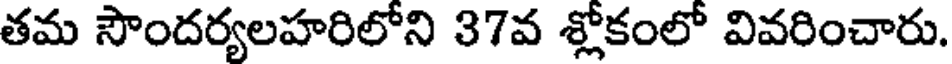
తమ సౌందర్యలహరిలోని 37వ శ్లోకంలో వివరించారు.